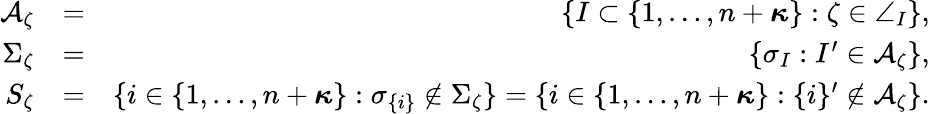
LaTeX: \begin{array}{rlr}{\mathcal{A}_{\zeta}}&{=}&{\{ I\subset\{ 1,\ldots,n+{\boldsymbol{\kappa}}\} :\zeta\in\angle_{I}\} ,}\\ {\Sigma_{\zeta}}&{=}&{\{ \sigma_{I}:I^{\prime}\in\mathcal{A}_{\zeta}\} ,}\\ {S_{\zeta}}&{=}&{\{ i\in\{ 1,\ldots,n+{\boldsymbol{\kappa}}\} :\sigma_{\{ i\} }\notin\Sigma_{\zeta}\} =\{ i\in\{ 1,\ldots,n+{\boldsymbol{\kappa}}\} :\{ i\} ^{\prime}\notin\mathcal{A}_{\zeta}\} .}\end{array}